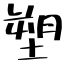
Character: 塑